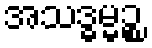
အသဒ္ဓမ္မဉ္စ